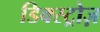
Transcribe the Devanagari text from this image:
डिक्स्ट्रोज़